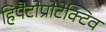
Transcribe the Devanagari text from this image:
हिपैटोप्रोटेक्टिव